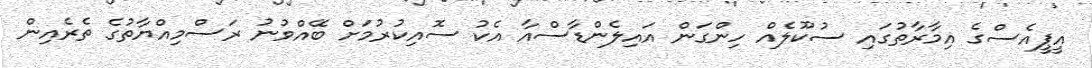
އީޕީއެސްގެ އިމާރާތުގައި ސުކޫލެއް ހިންގަން އައިލެންޑާސްއާ އެކު ސޮއިކުރުމަށް ބޭއްވުނު ރަސްމިއްޔާތުގެ ތެރެއިން